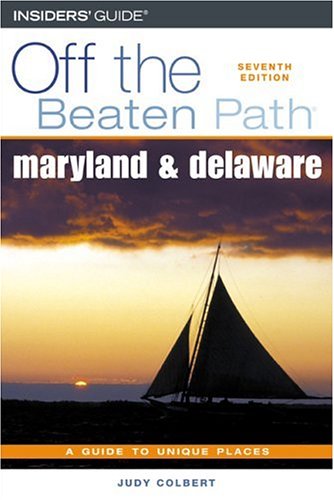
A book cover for Maryland and Delaware Off the Beaten PathÂ®, 7th (Off the Beaten Path Series); Judy Colbert; Travel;